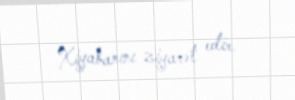
Xiyabanını ziyarət edir.